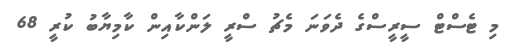
މި ޓެސްޓް ސީރީސްގެ ދެވަނަ މެޗު ސްރީ ލަންކާއިން ކާމިޔާބު ކުރީ 68